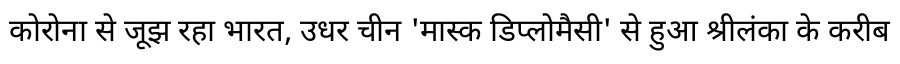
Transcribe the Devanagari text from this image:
कोरोना से जूझ रहा भारत, उधर चीन 'मास्क डिप्लोमैसी' से हुआ श्रीलंका के करीब